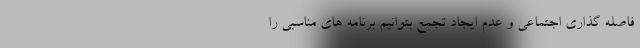
فاصله گذاری اجتماعی و عدم ایجاد تجمع بتوانیم برنامه های مناسبی را